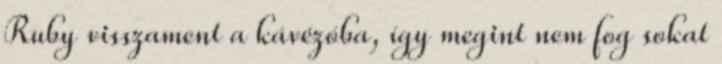
Ruby visszament a kávézóba, így megint nem fog sokat